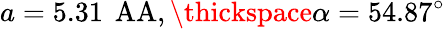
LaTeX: a=5.31\, \mathrm{\ AA},\thickspace\alpha=54.87^{\circ}